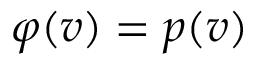
\varphi ( v ) = p ( v )